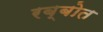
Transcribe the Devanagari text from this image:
रब्बोत